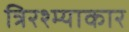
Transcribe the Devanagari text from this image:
त्रिरश्म्याकार